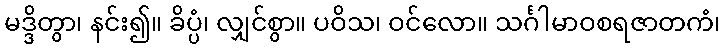
မဒ္ဒိတွာ၊ နင်း၍။ ခိပ္ပံ၊ လျှင်စွာ။ ပဝိသ၊ ဝင်လော။ သင်္ဂါမာဝစရဇာတကံ၊